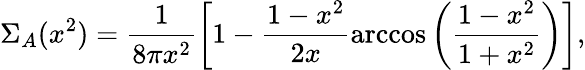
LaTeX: \Sigma_{A}(x^{2})=\frac{1}{8\pi x^{2}}\left[1-\frac{1-x^{2}}{2x}\operatorname{arccos}\left(\frac{1-x^{2}}{1+x^{2}}\right)\right],